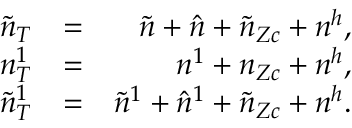
\begin{array} { r l r } { \tilde { n } _ { T } } & { = } & { \tilde { n } + \hat { n } + \tilde { n } _ { Z c } + n ^ { h } , } \\ { n _ { T } ^ { 1 } } & { = } & { n ^ { 1 } + n _ { Z c } + n ^ { h } , } \\ { \tilde { n } _ { T } ^ { 1 } } & { = } & { \tilde { n } ^ { 1 } + \hat { n } ^ { 1 } + \tilde { n } _ { Z c } + n ^ { h } . } \end{array}